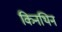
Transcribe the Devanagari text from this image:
किनथिन